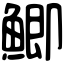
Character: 鯽